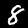
Label: 8